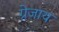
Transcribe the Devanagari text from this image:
ग्रेजाय